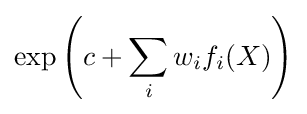
\exp \left(c+\sum _{i}w_{i}f_{i}(X)\right)